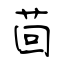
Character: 茴